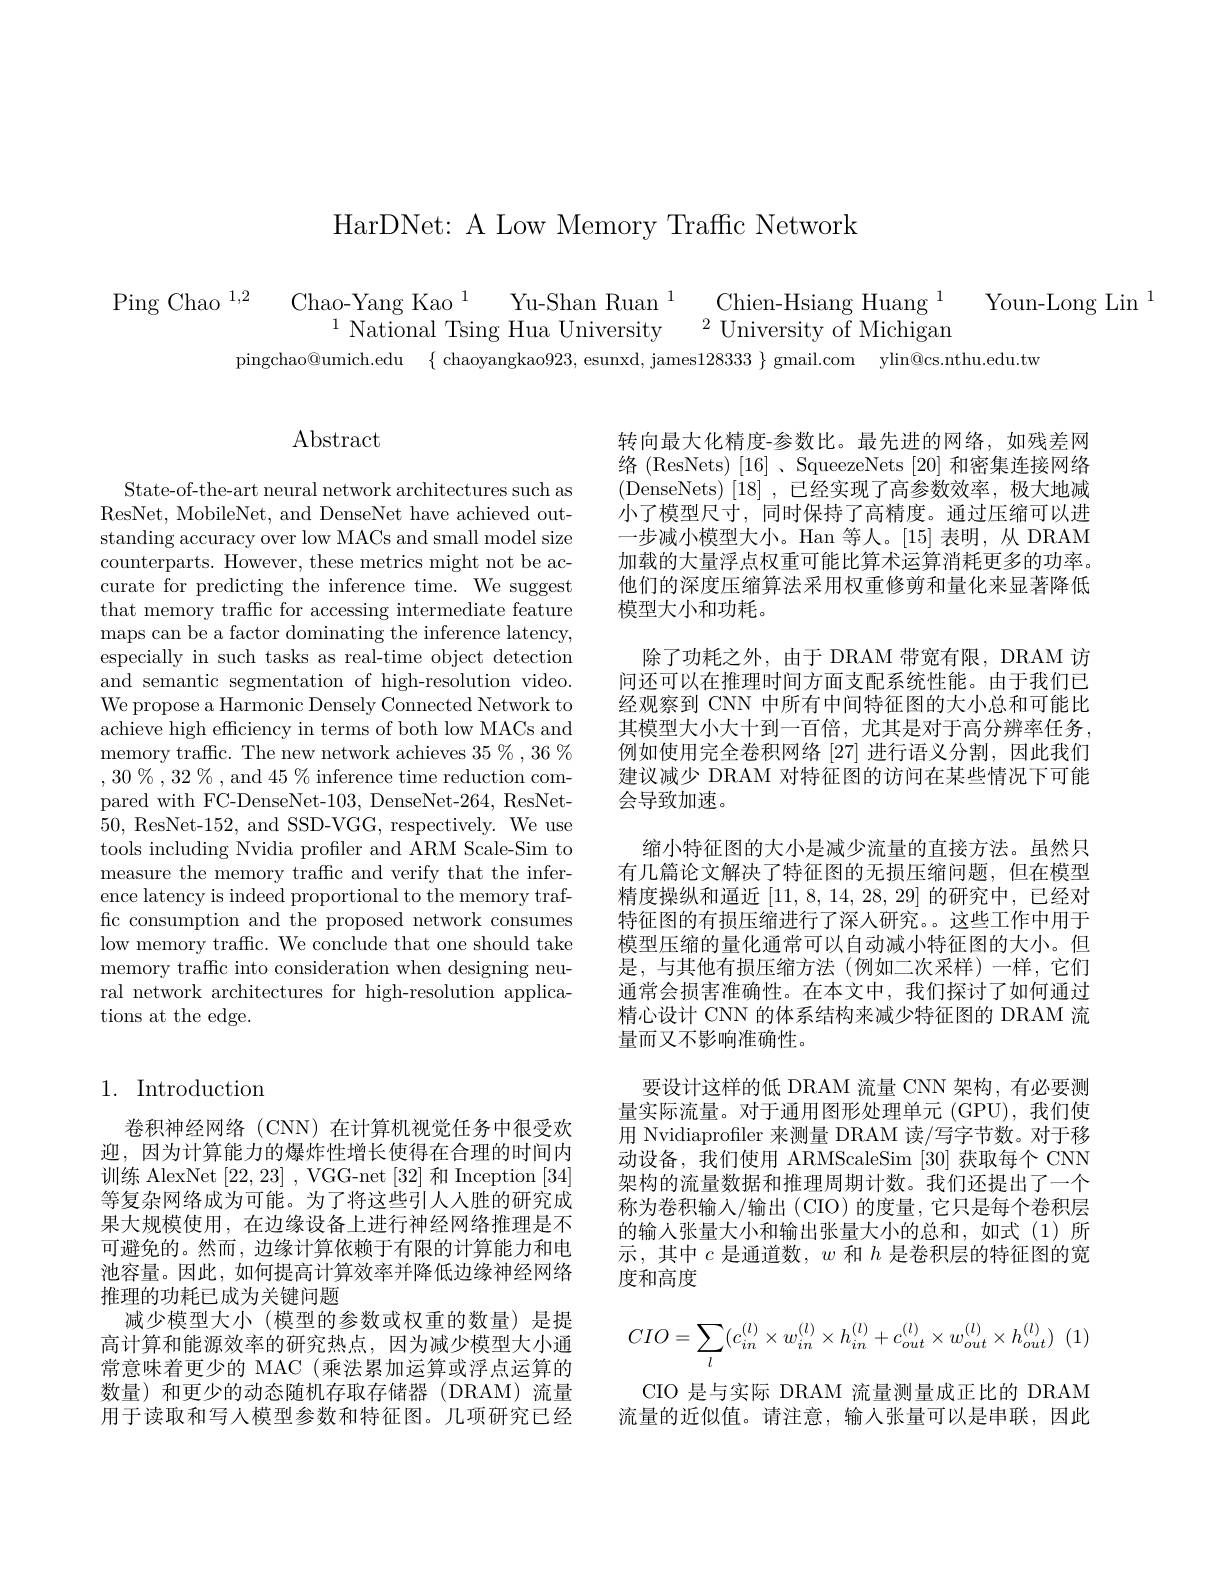
HarDNet: A Low Memory Traffic Network

$\begin{array}{ccc}{\mathrm{Ping~Chao~}^{1,2}}&{\mathrm{Chao-Yang~Kao~}^{1}}&{\mathrm{Yu-Shan~Ruan~}^{1}}&{\mathrm{Chien-Hsiang~Huang~}^{1}}&{\mathrm{Youn-Long~Lin}}\\&{^{1}\mathrm{National~Tsing~Hua~University~}^{2}}&{\mathrm{University~of~Michigan}}\end{array}$
pingchao@umich.edu $\{$ chaoyangkao923, esunxd, james$128333\}$ gmail.com ylin@cs.nthu.edu.tw

# $\operatorname{Abstract}$

转向最大化精度-参数比。最先进的网络，如残差网络 (ResNets) [16] 、SqueezeNets [20] 和密集连接网络(DenseNets)[18],已经实现了高参数效率，极大地减小了模型尺寸，同时保持了高精度。通过压缩可以进一步减小模型大小。Han 等人。[15] 表明，从 DRAM 加载的大量浮点权重可能比算术运算消耗更多的功率。他们的深度压缩算法采用权重修剪和量化来显著降低模型大小和功耗。
除了功耗之外，由于 DRAM 带宽有限，DRAM 访问还可以在推理时间方面支配系统性能。由于我们已经观察到 CNN 中所有中间特征图的大小总和可能比其模型大小大十到一百倍，尤其是对于高分辨率任务， 例如使用完全卷积网络 [27] 进行语义分割，因此我们建议减少 DRAM 对特征图的访问在某些情况下可能会导致加速。

State-of-the-art neural network architectures such as ResNet, MobileNet, and DenseNet have achieved outstanding accuracy over low MACs and small model size counterparts. However, these metrics might not be accurate for predicting the inference time. We suggest that memory traffic for accessing intermediate feature maps can be a factor dominating the inference latency, especially in such tasks as real-time object detection and semantic segmentation of high-resolution video. We propose a Harmonic Densely Connected Network to achieve high efficiency in terms of both low MACs and memory traffic. The new network achieves $35\%,36\%$ $,30\%,32\%$, and 45% inference time reduction compared with FC-DenseNet-103, DenseNet-264, ResNet- 50, ResNet-152, and SSD-VGG, respectively. We use tools including Nvidia profiler and ARM Scale-Sim to measure the memory traffic and verify that the inference latency is indeed proportional to the memory traffic consumption and the proposed network consumes low memory traffic. We conclude that one should take memory traffic into consideration when designing neural network architectures for high-resolution applications at the edge.

缩小特征图的大小是减少流量的直接方法。虽然只有几篇论文解决了特征图的无损压缩问题，但在模型精度操纵和逼近[11,8,14,28,29]的研究中，已经对特征图的有损压缩进行了深人研究。这些工作中用于模型压缩的量化通常可以自动减小特征图的大小。但是，与其他有损压缩方法(例如二次采样)一样，它们通常会损害准确性。在本文中，我们探讨了如何通过精心设计 CNN 的体系结构来减少特征图的 DRAM 流量而又不影响准确性。
要设计这样的低 DRAM 流量 CNN 架构，有必要测量实际流量。对于通用图形处理单元 (GPU),我们使用 Nvidiaprofiler 来测量 DRAM 读/写字节数。对于移动设备，我们使用 ARMScaleSim [30] 获取每个 CNN 架构的流量数据和推理周期计数。我们还提出了一个称为卷积输入/输出(CIO)的度量，它只是每个卷积层的输人张量大小和输出张量大小的总和，如式(1)所示，其中$c$是通道数，$w$和$h$是卷积层的特征图的宽度和高度
$$CIO=\sum_l(c_{in}^{(l)}\times w_{in}^{(l)}\times h_{in}^{(l)}+c_{out}^{(l)}\times w_{out}^{(l)}\times h_{out}^{(l)})$$
CIO 是与实际 DRAM 流量测量成正比的 DRAM

# 1. Introduction

卷积神经网络(CNN)在计算机视觉任务中很受欢迎，因为计算能力的爆炸性增长使得在合理的时间内训练 AlexNet [22,23] ,VGG-net [32]和 Inception [34] 等复杂网络成为可能。为了将这些引人人胜的研究成果大规模使用，在边缘设备上进行神经网络推理是不可避免的。然而，边缘计算依赖于有限的计算能力和电池容量。因此，如何提高计算效率并降低边缘神经网络推理的功耗已成为关键问题
减少模型大小(模型的参数或权重的数量)是提高计算和能源效率的研究热点，因为减少模型大小通常意味着更少的 MAC (乘法累加运算或浮点运算的数量)和更少的动态随机存取存储器(DRAM)流量用于读取和写人模型参数和特征图。几项研究已经

流量的近似值。请注意，输入张量可以是串联，因此